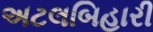
અટલબિહારી